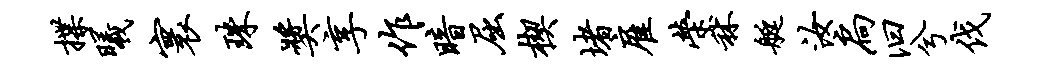
揲曦寰珠奖享作暗屈楔堵雇荣秫艇汝扃汩兮伐